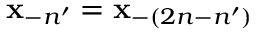
{ \bf x } _ { - n ^ { \prime } } = { \bf x } _ { - ( 2 n - n ^ { \prime } ) }